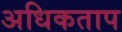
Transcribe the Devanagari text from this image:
अधिकताप